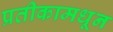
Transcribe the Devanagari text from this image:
प्रतीकामधून